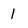
Character: 1